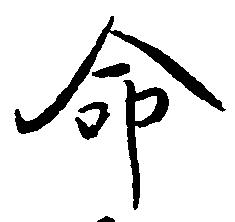
命